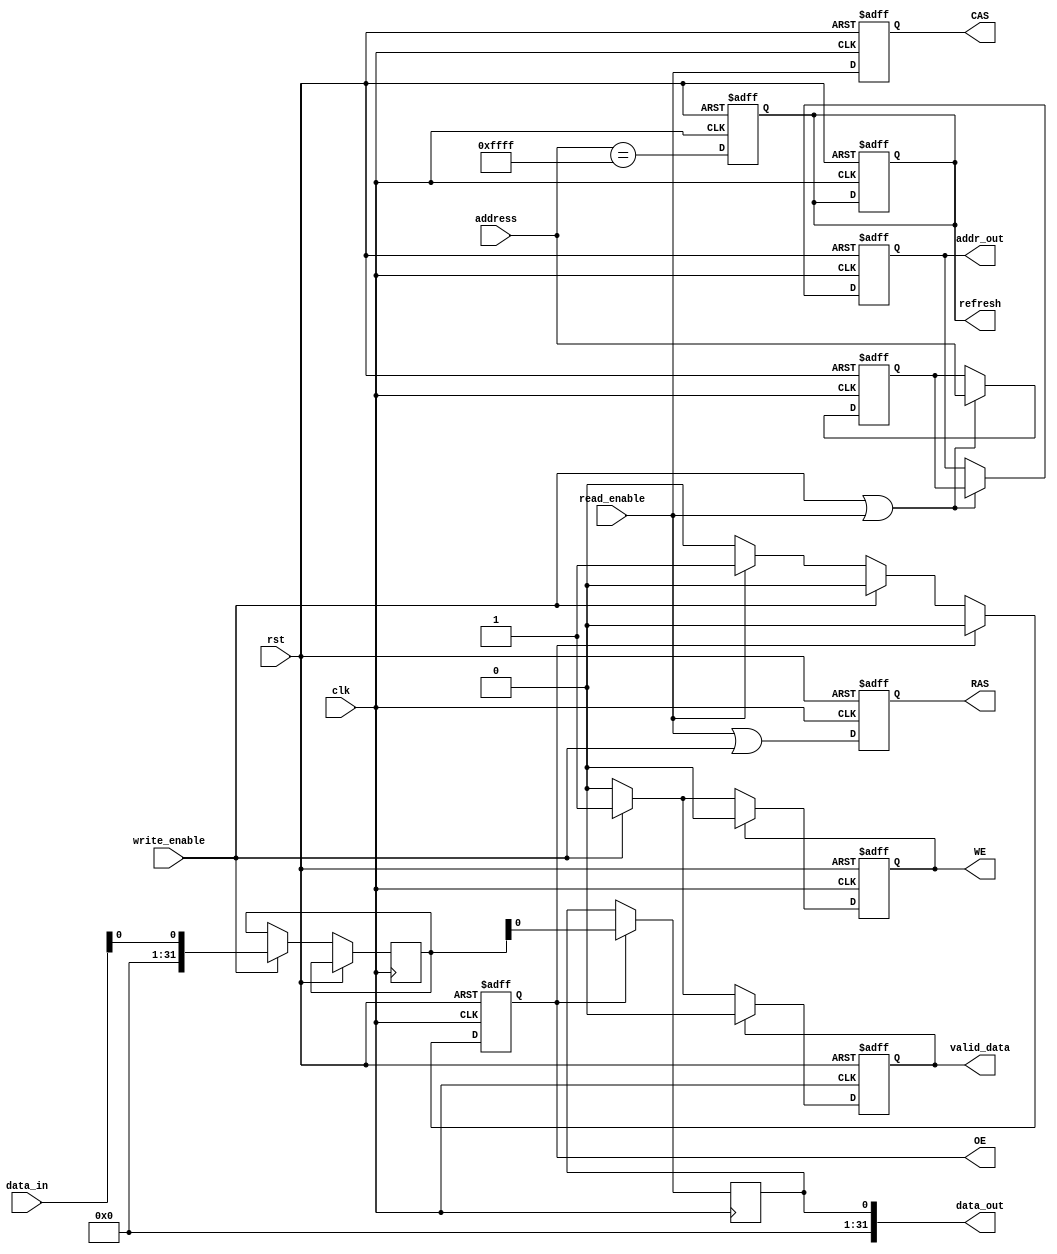
module io_block (
    input wire clk,
    input wire rst,
    input wire [31:0] data_in,
    output wire [31:0] data_out,
    input wire read_enable,
    input wire write_enable,
    input wire [15:0] address,
    output reg [15:0] addr_out,
    output reg valid_data,
    
    // Control Signals
    output reg RAS, // Row Address Strobe
    output reg CAS, // Column Address Strobe
    output reg WE,  // Write Enable
    output reg OE,  // Output Enable
    output reg refresh
);

    // Internal signals
    reg [31:0] data_buffer; // Data Buffer
    reg [15:0] addr_latch;  // Address Latch
    
    // ESD Protection and Buffering
    // This would typically require specific design components, simplified here
    wire data_in_buffered;
    wire data_out_buffered;
    
    assign data_in_buffered = data_in; // ESD / Signal Buffering
    assign data_out = data_out_buffered; // ESD / Signal Buffering
    
    // Address Latching
    always @(posedge clk or posedge rst) begin
        if (rst) begin
            addr_latch <= 0;
            addr_out <= 0;
        end else if (write_enable || read_enable) begin
            addr_latch <= address;
            addr_out <= addr_latch;
        end
    end
    
    // Control Logic
    always @(posedge clk or posedge rst) begin
        if (rst) begin
            RAS <= 0;
            CAS <= 0;
            WE <= 0;
            OE <= 0;
            refresh <= 0;
            valid_data <= 0;
        end else begin
            // Control logic for Read/Write
            if (write_enable) begin
                WE <= 1;
                data_buffer <= data_in_buffered; // Store incoming data
                valid_data <= 1; // Indicate valid data is available
            end else if (read_enable) begin
                OE <= 1; // Enable output for read
            end
            
            // Example of RAS/CAS timing control
            RAS <= read_enable | write_enable;
            CAS <= read_enable;
            
            // Clear signals after a cycle
            if (valid_data) valid_data <= 0;
            if (OE) OE <= 0;
            if (WE) WE <= 0;
        end
    end
    
    // Data Buffers
    always @(posedge clk) begin
        if (OE) begin
            // Simulate output buffer sending data
            data_out_buffered <= data_buffer; 
        end
    end

    // Refresh Control Signal (For example purposes)
    always @(posedge clk or posedge rst) begin
        if (rst) begin
            refresh <= 0;
        end else begin
            // Simple refresh example
            refresh <= (address == 16'hFFFF); // Assuming refresh occurs on a specific address
        end
    end

endmodule